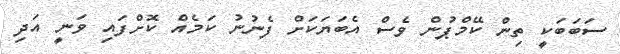
ސަބަބަކީ ތިން ކޭމްޕުން ވެސް އެބަޔަކަށް ފެނުނު ކަމެއް ކޮށްފައި ވަނީ އަދި